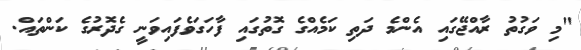
"މި ވަގުތު ރާއްޖޭގައި އެންމެ ދަތި ކަމެއްގެ ގޮތުގައި ފާހަގަވެފައިވަނީ ގެދޮރުގެ ކަންތައް.